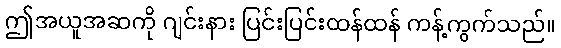
ဤအယူအဆကို ဂျင်းနား ပြင်းပြင်းထန်ထန် ကန့်ကွက်သည်။